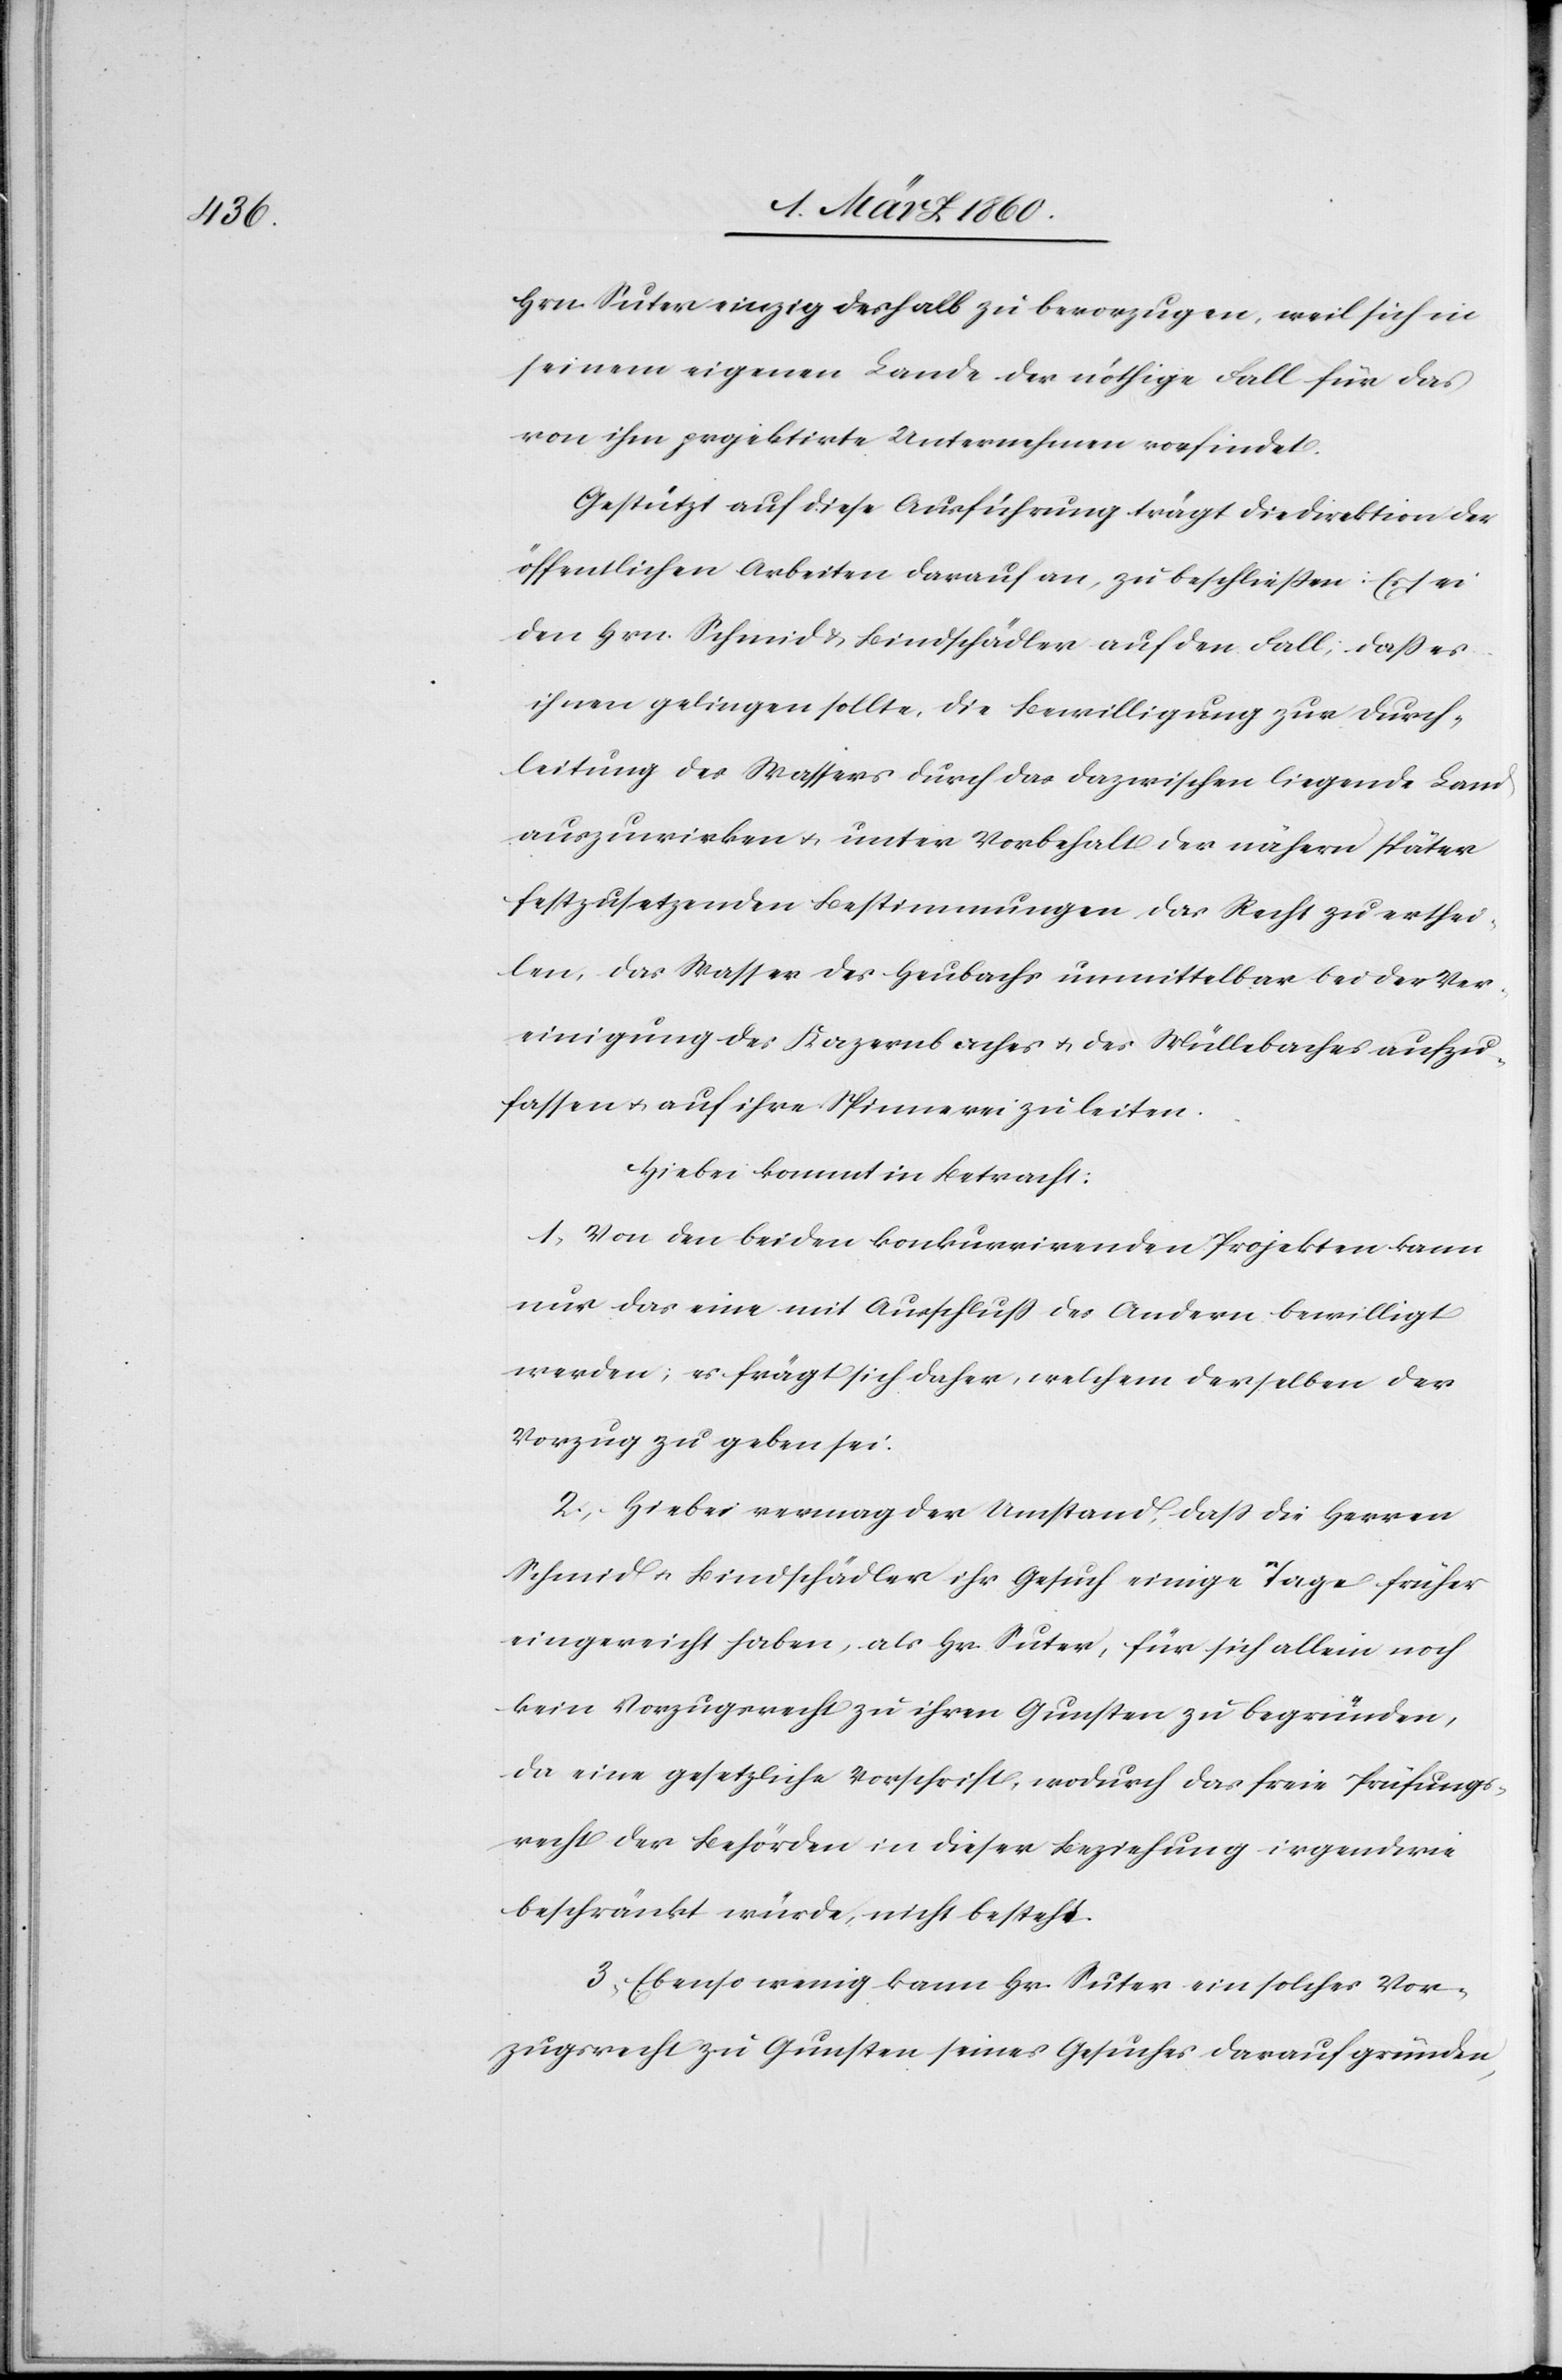
Hrn.

Suter einzig deshalb zu bevorzugen, weil sich in
seinem eigenen Lande der nöthige Fall für das
von ihm projektirte Unternehmen vorfindet.
Gestützt auf diese Ausführung trägt die Direktion der
öffentlichen Arbeiten darauf an, zu beschliessen: Es sei
den Hrn. Schmid u. Bindschädler auf den Fall, dass es
ihnen gelingen sollte, die Bewilligung zur Durch¬
leitung des Wassers durch das dazwischen liegende Land
auszuwirken u. unter Vorbehalt der nähern später
festzusetzenden Bestimmungen das Recht zu erthei¬
len, das Wasser des Heubachs unmittelbar bei der Ver¬
einigung des Kazernbaches u. des Mühlebaches aufzu¬
fassen u. auf ihre Spinnerei zu leiten.
Hiebei kommt in Betracht:
1. Von den beiden konkurrirenden Projekten kann
nur das eine mit Ausschluss des Andern bewilligt
werden; es frägt sich daher, welchem derselben der
Vorzug zu geben sei.
2. Hiebei vermag der Umstand, dass die Herren
Schmid u. Bindschädler ihr Gesuch einige Tage früher
eignereicht haben, als Hr. Suter, für sich allein noch
kein Vorzugsrecht zu ihren Gunsten zu begründen,
da eine gesetzliche Vorschrift, wodurch das freie Prüfungs¬
recht der Behörden in dieser Beziehung irgendwie
beschränkt würde, nicht besteht.
3. Ebenso wenig kann Hr. Suter ein solches Vor¬
zugsrecht zu Gunsten seines Gesuches darauf gründen,